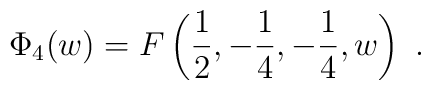
\Phi_4(w)= F\left(\frac 12,-\frac 14,-\frac 14,w\right)\ .